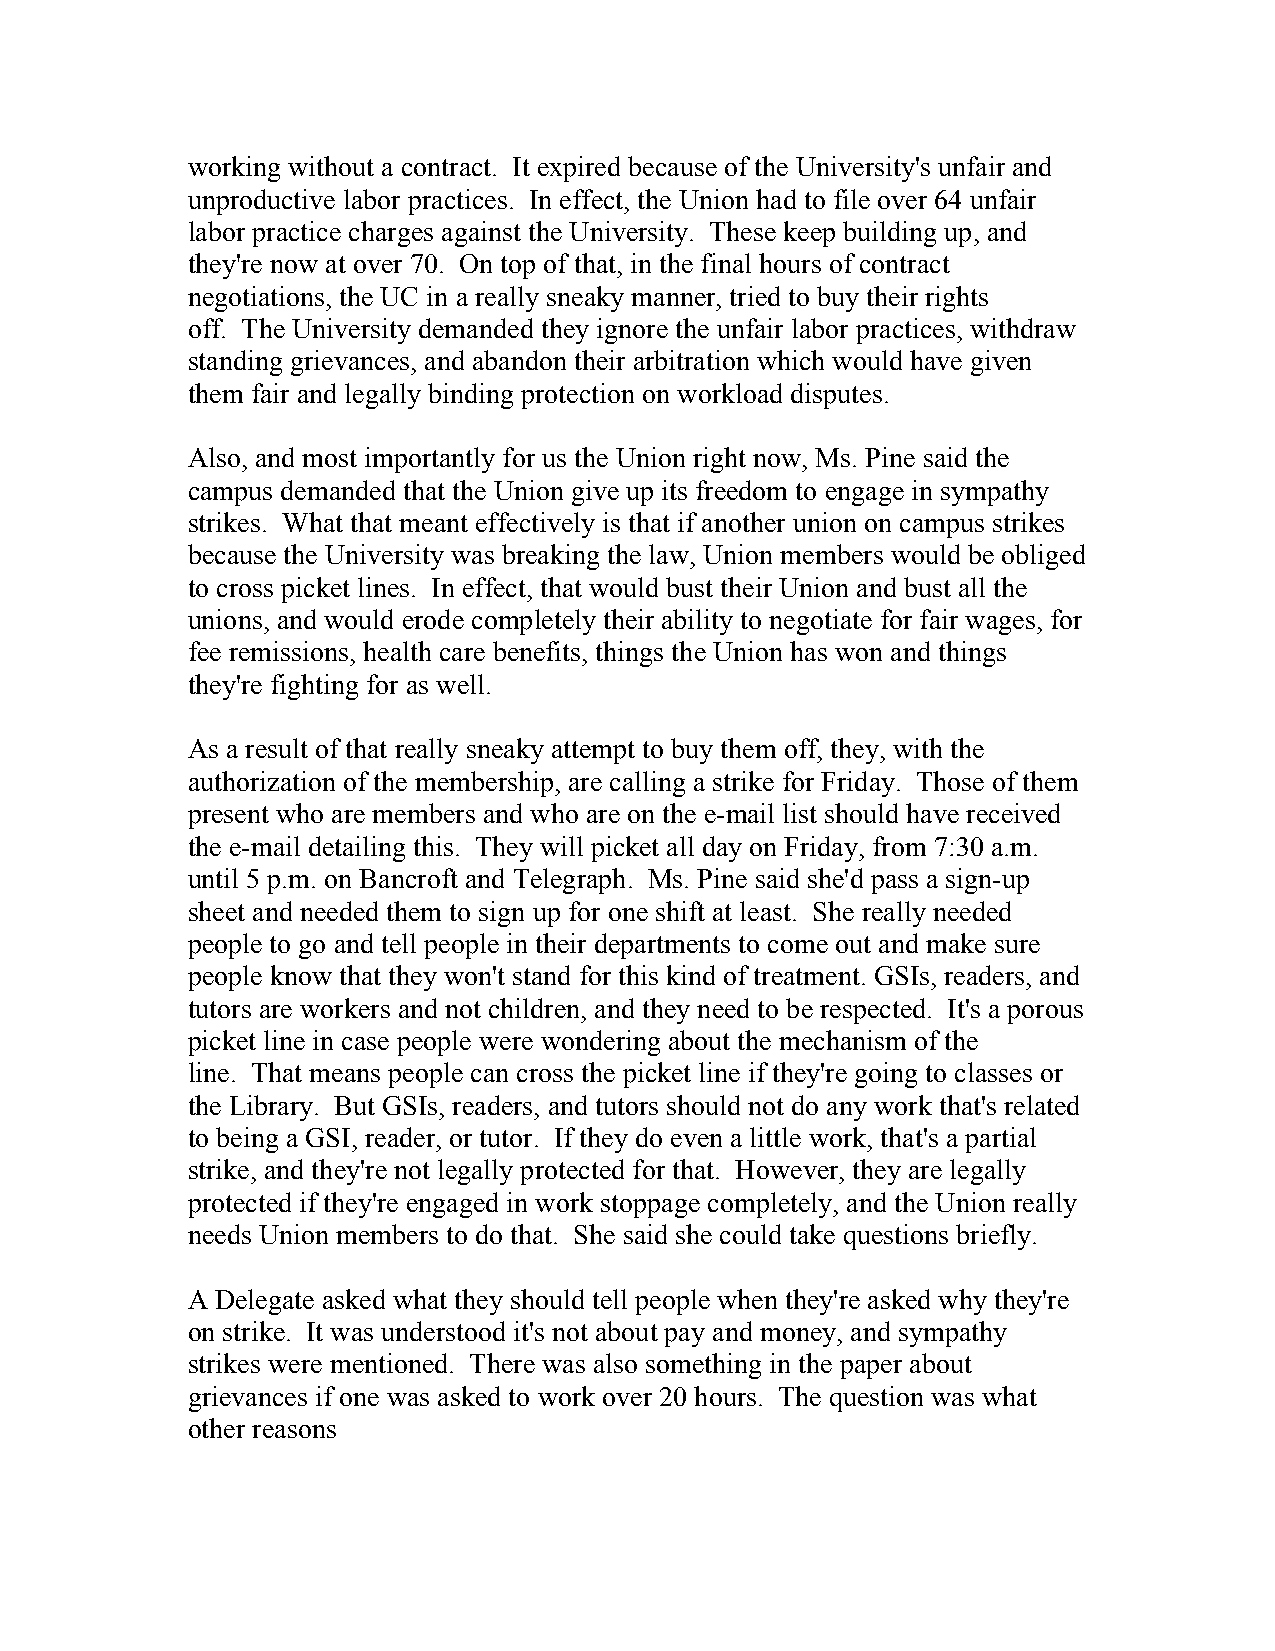
working without a contract. It expired because of the University's unfair and
 unproductive labor practices. In effect, the Union had to file over 64 unfair
 labor practice charges against the University. These keep building up, and
 they're now at over 70. On top of that, in the final hours of contract
 negotiations, the UC in a really sneaky manner, tried to buy their rights
 off. The University demanded they ignore the unfair labor practices, withdraw
 standing grievances, and abandon their arbitration which would have given
 them fair and legally binding protection on workload disputes.
 Also, and most importantly for us the Union right now, Ms. Pine said the
 campus demanded that the Union give up its freedom to engage in sympathy
 strikes. What that meant effectively is that if another union on campus strikes
 because the University was breaking the law, Union members would be obliged
 to cross picket lines. In effect, that would bust their Union and bust all the
 unions, and would erode completely their ability to negotiate for fair wages, for
 fee remissions, health care benefits, things the Union has won and things
 they're fighting for as well.
 As a result of that really sneaky attempt to buy them off, they, with the
 authorization of the membership, are calling a strike for Friday. Those of them
 present who are members and who are on the e-mail list should have received
 the e-mail detailing this. They will picket all day on Friday, from 7:30 a.m.
 until 5 p.m. on Bancroft and Telegraph. Ms. Pine said she'd pass a sign-up
 sheet and needed them to sign up for one shift at least. She really needed
 people to go and tell people in their departments to come out and make sure
 people know that they won't stand for this kind of treatment. GSIs, readers, and
 tutors are workers and not children, and they need to be respected. It's a porous
 picket line in case people were wondering about the mechanism of the
 line. That means people can cross the picket line if they're going to classes or
 the Library. But GSIs, readers, and tutors should not do any work that's related
 to being a GSI, reader, or tutor. If they do even a little work, that's a partial
 strike, and they're not legally protected for that. However, they are legally
 protected if they're engaged in work stoppage completely, and the Union really
 needs Union members to do that. She said she could take questions briefly.
 A Delegate asked what they should tell people when they're asked why they're
 on strike. It was understood it's not about pay and money, and sympathy
 strikes were mentioned. There was also something in the paper about
 grievances if one was asked to work over 20 hours. The question was what
 other reasons